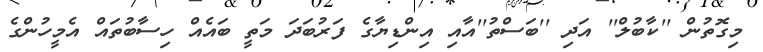
މިގޮތުން ''ކާބުލް'' އަދި ''ބަސްތު''އާއި އިންޑިޔާގެ ފަރުބަދަ މަތީ ބައެއް ހިސާބުތައް އެމީހުންގެ